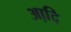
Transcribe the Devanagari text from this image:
आदि़